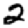
Digit: 2